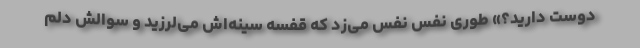
دوست دارید؟» طوری نفس نفس می‌زد که قفسه سینه‌اش می‌لرزید و سوالش دلم